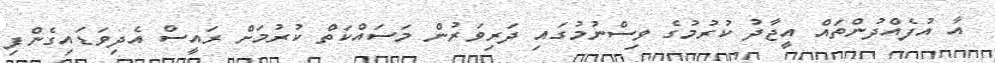
އާ އުފެއްދުންތައް އީޖާދު ކުރުމުގެ ވިސްނުމުގައި ދަރިވަރުން މަސައްކަތް ކުރުމަށް ރައީސް އެދިވަޑައިގެންފި